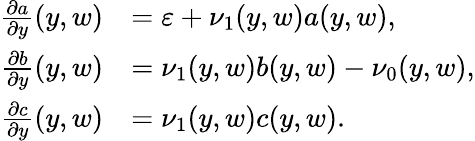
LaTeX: \begin{array}{rl}{\frac{\partial a}{\partial y}(y,w)}&{=\varepsilon+\nu_{1}(y,w)a(y,w),}\\ {\frac{\partial b}{\partial y}(y,w)}&{=\nu_{1}(y,w)b(y,w)-\nu_{0}(y,w),}\\ {\frac{\partial c}{\partial y}(y,w)}&{=\nu_{1}(y,w)c(y,w).}\end{array}